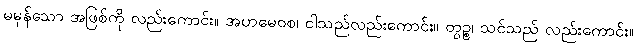
မမှန်သော အဖြစ်ကို လည်းကောင်း။ အဟမေဝစ၊ ငါသည်လည်းကောင်း။ တွဉ္စ၊ သင်သည် လည်းကောင်း။